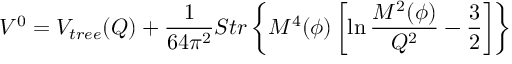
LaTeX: V ^ { 0 } = V _ { t r e e } ( Q ) + \frac { 1 } { 6 4 \pi ^ { 2 } } { \cal S } t r \left\{ { \cal M } ^ { 4 } ( \phi ) \left[ \ln \frac { { \cal M } ^ { 2 } ( \phi ) } { Q ^ { 2 } } - \frac { 3 } { 2 } \right] \right\}